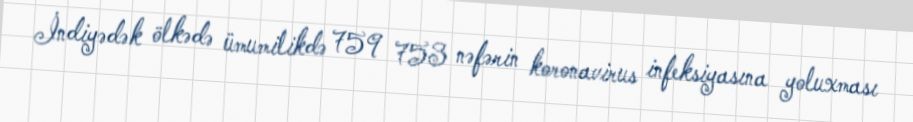
İndiyədək ölkədə ümumilikdə 759 753 nəfərin koronavirus infeksiyasına yoluxması